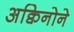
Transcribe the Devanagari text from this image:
अक्विनोने